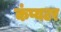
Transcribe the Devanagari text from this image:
कंप्यटर